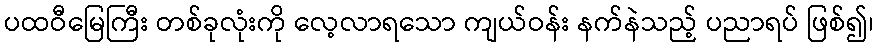
ပထဝီမြေကြီး တစ်ခုလုံးကို လေ့လာရသော ကျယ်ဝန်း နက်နဲသည့် ပညာရပ် ဖြစ်၍၊